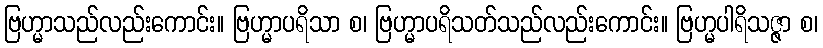
ဗြဟ္မာသည်လည်းကောင်း။ ဗြဟ္မာပရိသာ စ၊ ဗြဟ္မာပရိသတ်သည်လည်းကောင်း။ ဗြဟ္မပါရိသဇ္ဇာ စ၊